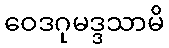
ဝေဒဂုမဒ္ဒသာမိ